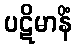
ပဋိမာနိံ